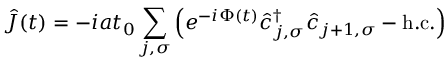
\hat { J } ( t ) = - i a t _ { 0 } \sum _ { j , \sigma } \left( e ^ { - i \Phi ( t ) } \hat { c } _ { j , \sigma } ^ { \dag } \hat { c } _ { j + 1 , \sigma } - \mathrm { h . c . } \right)